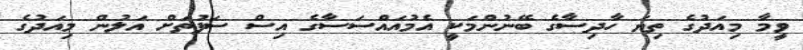
ވީމާ މިއަދުގެ ތިޔަ ހާދިސާގެ ބޭނުންމަކީ އެމުއައްސަސާގެ އިސް ސަފުތަށް އަލުން މިއަދުގެ